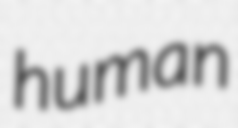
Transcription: human